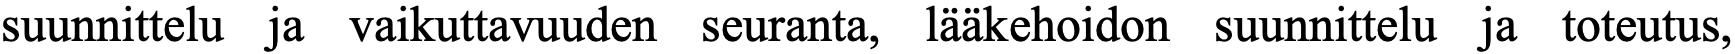
suunnittelu ja vaikuttavuuden seuranta, lääkehoidon suunnittelu ja toteutus,